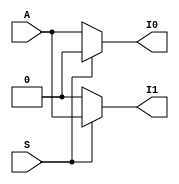
`timescale 1ns / 1ps
//////////////////////////////////////////////////////////////////////////////////
// Company: 
// Engineer: 
// 
// Design Name: 
// Module Name: demux1_2_behav
// Project Name: 
// Target Devices: 
// Tool Versions: 
// Description: 
// 
// Dependencies: 
// 
// Revision:
// Revision 0.01 - File Created
// Additional Comments:
// 
//////////////////////////////////////////////////////////////////////////////////


module demux1_2_behav(
output reg I1,I0,
input A,S);
always @(S)
begin
 if(S==1'b0)
  begin 
  I0=A;
  I1=1'b0;
  end
 else
  begin 
  I0=1'b0;
  I1=A;
  end
 end
  endmodule
  
 module demux_tb;
  reg A,S;
  wire I0,I1;
  demux1_2_behav uut(
  .A(A),
  .S(S),
  .I0(I0),
  .I1(I1));
  initial begin 
  #10 A=1'b1;S=1'b0;
  #10 A=1'b0;S=1'b1;
  #10 A=1'b0;S=1'b0;
  #10 A=1'b0;S=1'b0;
  #10 $stop;
  end 
  endmodule